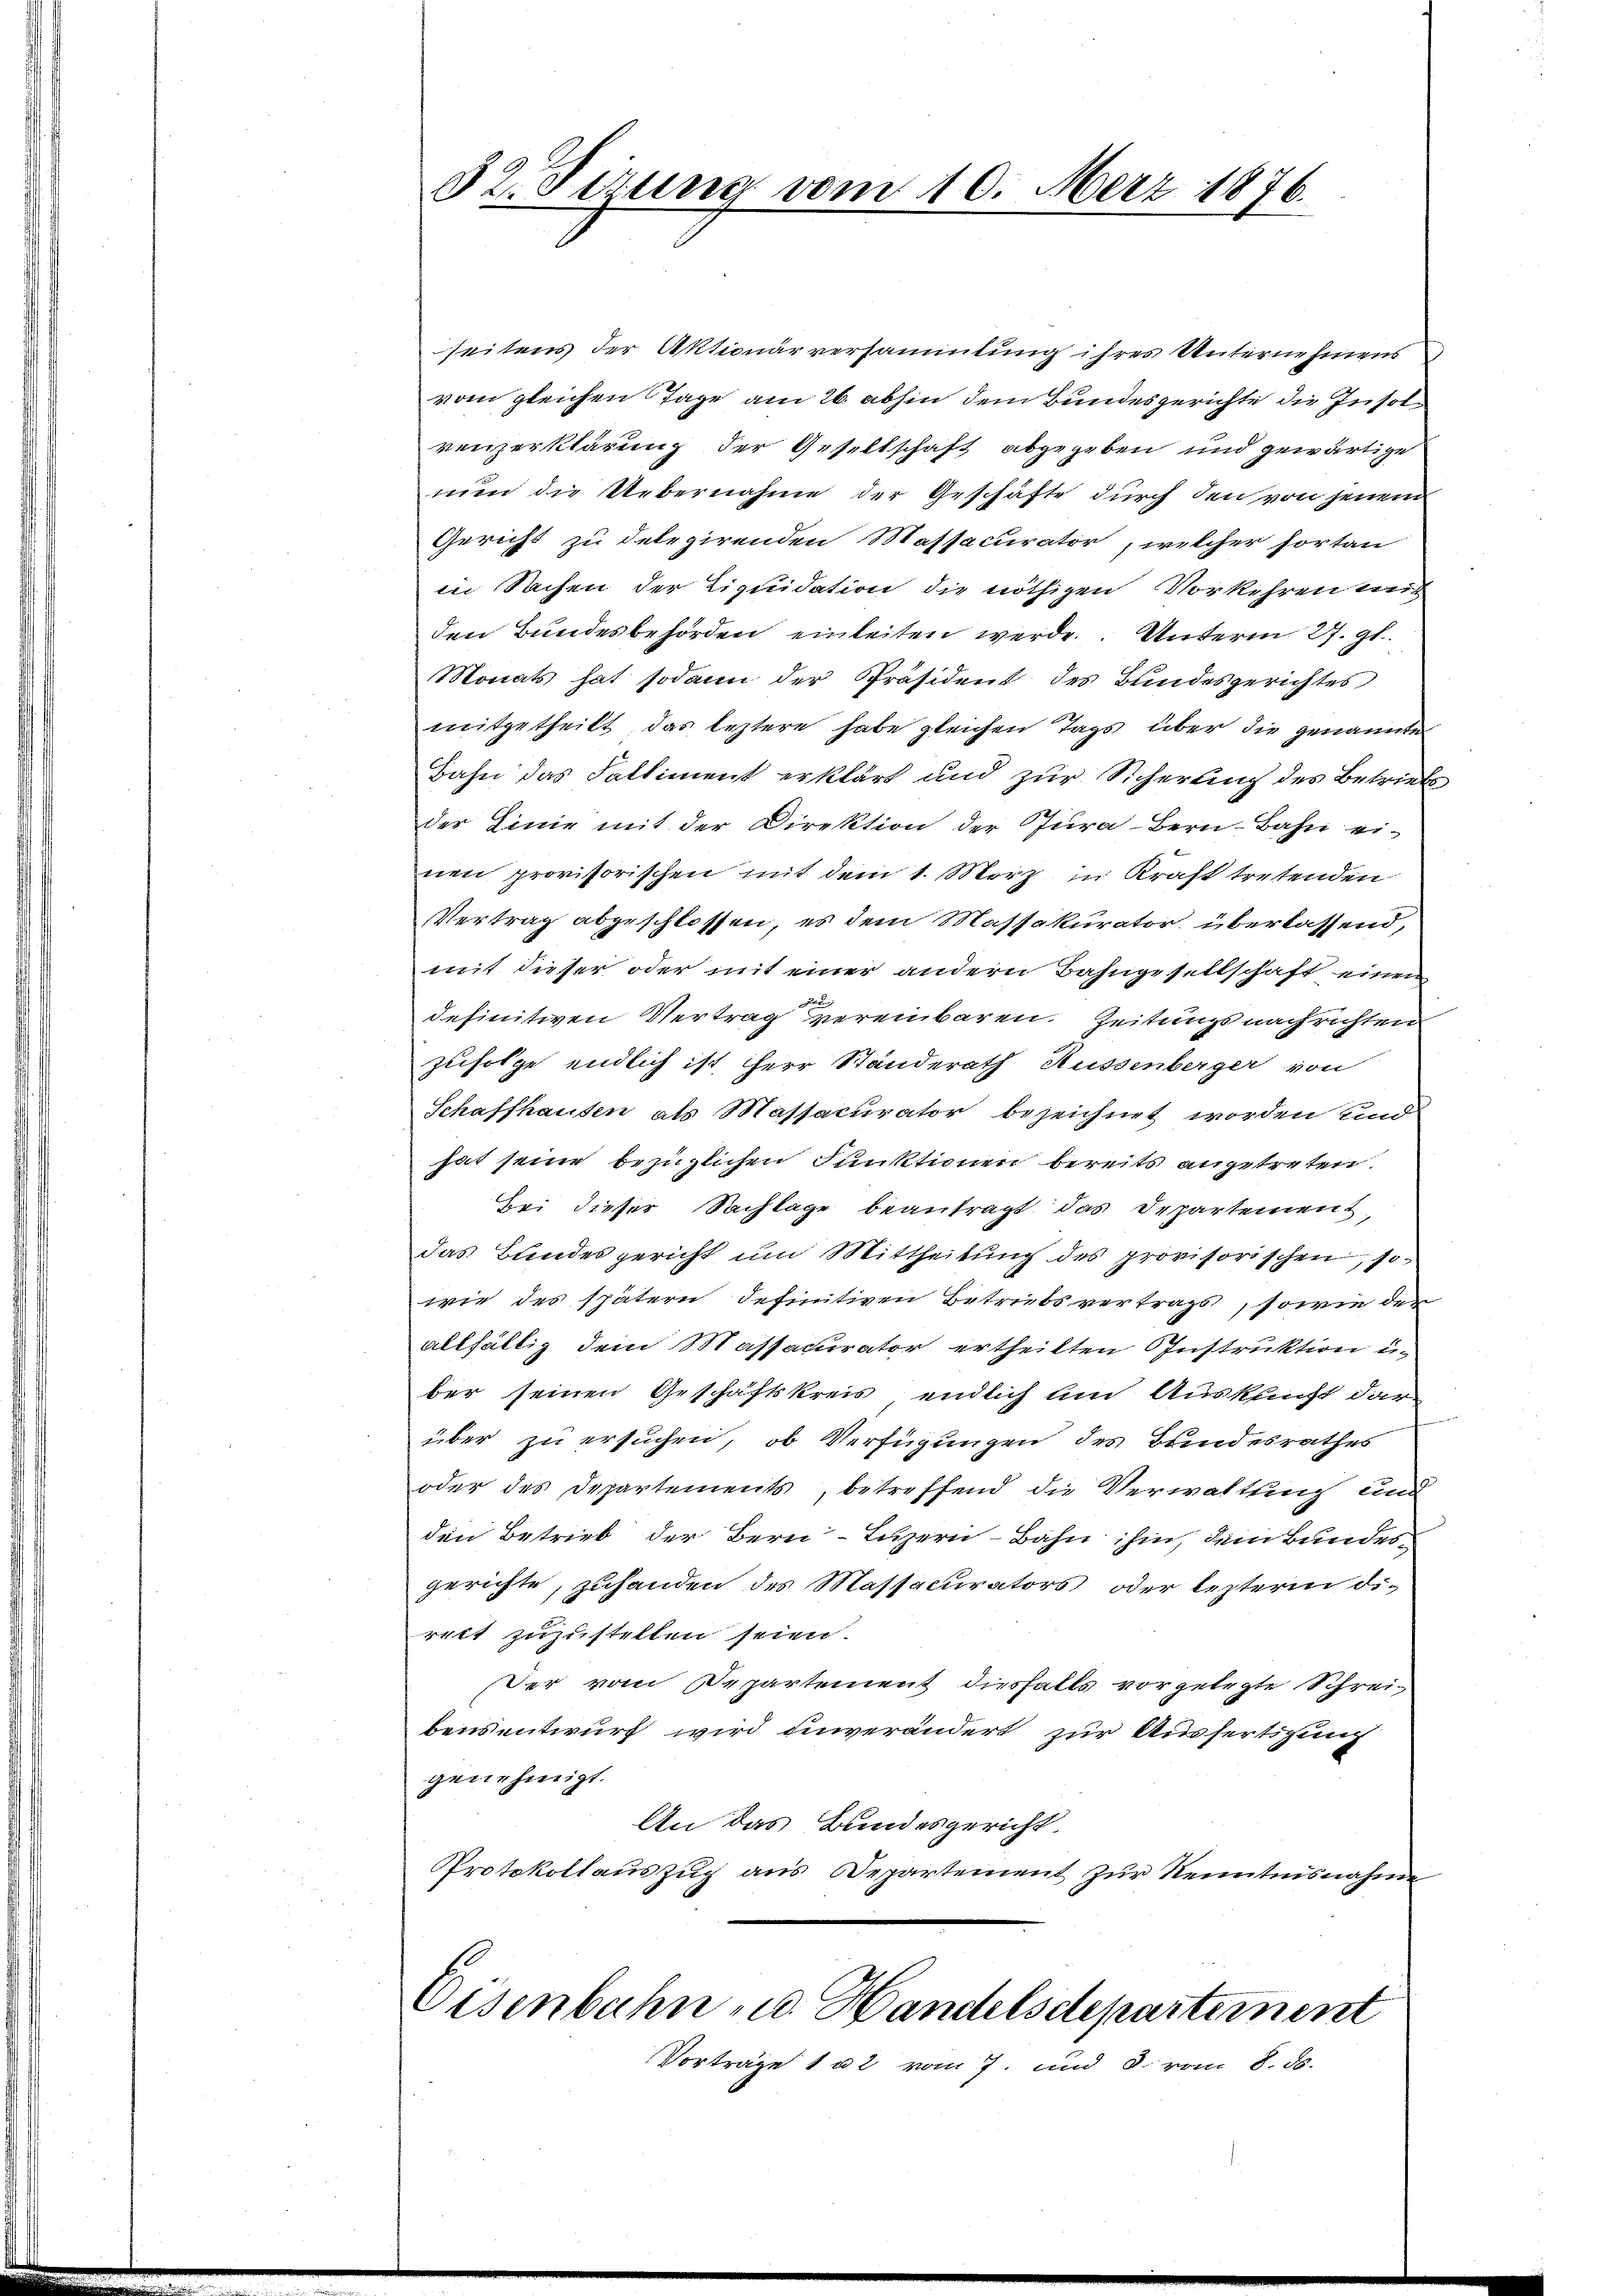
32. Sizung vom 10. Merz 1876.

seitens der Aktionärversammlung ihres Unternehmens
vom gleichen Tage am 26. abhin dem Bundesgerichte die Insolrenzerklärung der Gesellschaft abgegeben und gewärtige
nun die Uebernahme der Geschäfte durch den von jenem
Gericht zu delegirenden Massacurator, welcher fortan
in Sachen der Liquidation die nöthigen Vorkehren und
den Bundesbehörden einleiten werde. Unterm 27. gl.
Monats hat sodann der Präsident des Bundesgerichtes
mitgetheilt, das leztere habe gleichen Tags über die genannte
Bahn das Falliment erklärt und zur Sicherung des Betriebs
der Linie mit der Direktion der Pura-Bern-Bahn einen provisorischen mit dem 1. März in Kraft tretenden
Vertrag abgeschlossen, es dem Massakurator, überlassend,
mit dieser oder mit einer andern Bahngesellschaft einen
definitiven Vertrag vereinbaren Zeitungs nachrichten
zufolge endlich ist, Herr Standerath Aussenberger von
Schaffhausen als Massacurator bezeichnet worden und
hat seine bezüglichen Punktionen bereits angetreten.
bei dieser Sachlage beantragt das Departement,
das Bundesgericht um Mittheilung des provisorischen, so
wie des spätern definitiven Betreibsvertrags, sowie der
allfällig dem Massakurator ertheilten Instruktion u.
ber seinen Geschäftskreis endlich um Auskucht dar
über zu ersuchen, ob Verfügungen des Bundesrathes
oder des Departements, betreffend die Verwaltung und
den Betrieb der Bern Luzern - Bahn ihm, dem Bundesgerichte, zuhanden des Massecurators oder leztern dirett zuzustellen seien.
Der vom Departement diesfalls vorgelegte Schreibensentwurf wird unverändert zur Ausfertigung
genehmigt.
An das Bundesgericht.
Protokollauszug aus Departement zur Kenntnisnahme
Eisenbahn u. Handelsdepartement
Vorträge 1 u 2 vom 7. und 3. vom 8. ds.